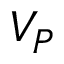
{ \cal V } _ { P }